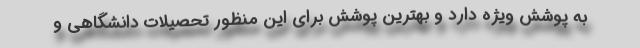
به پوشش ویژه دارد و بهترین پوشش برای این منظور تحصیلات دانشگاهی و